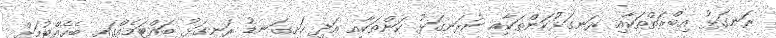
ރަނގަޅު އިބްރަތްތަކާއި ރަނގަޅުކަންތަކާއި ނުރަނގަޅު ކަންތަކާއި އަދި ހަށިގަނޑު ރަނގަޅު ބައްޓަމެއްގައި ބެހެއްޓުމަށް